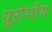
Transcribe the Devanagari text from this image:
य़ूरोपीय